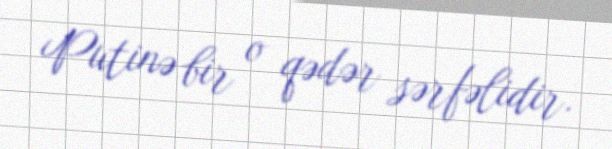
Putinə bir o qədər sərfəlidir.